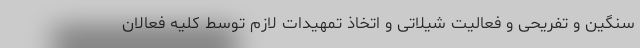
سنگین و تفریحی و فعالیت شیلاتی و اتخاذ تمهیدات لازم توسط کلیه فعالان